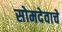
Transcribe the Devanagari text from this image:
सोमदेवाचे